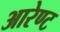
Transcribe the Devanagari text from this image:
आरेण्ट